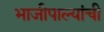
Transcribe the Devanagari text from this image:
भाजीपाल्यांची